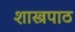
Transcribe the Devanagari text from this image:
शास्त्रपाठ